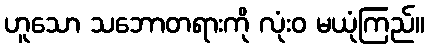
ဟူသော သဘောတရားကို လုံးဝ မယုံကြည်။